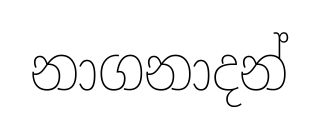
නාගනාදන්